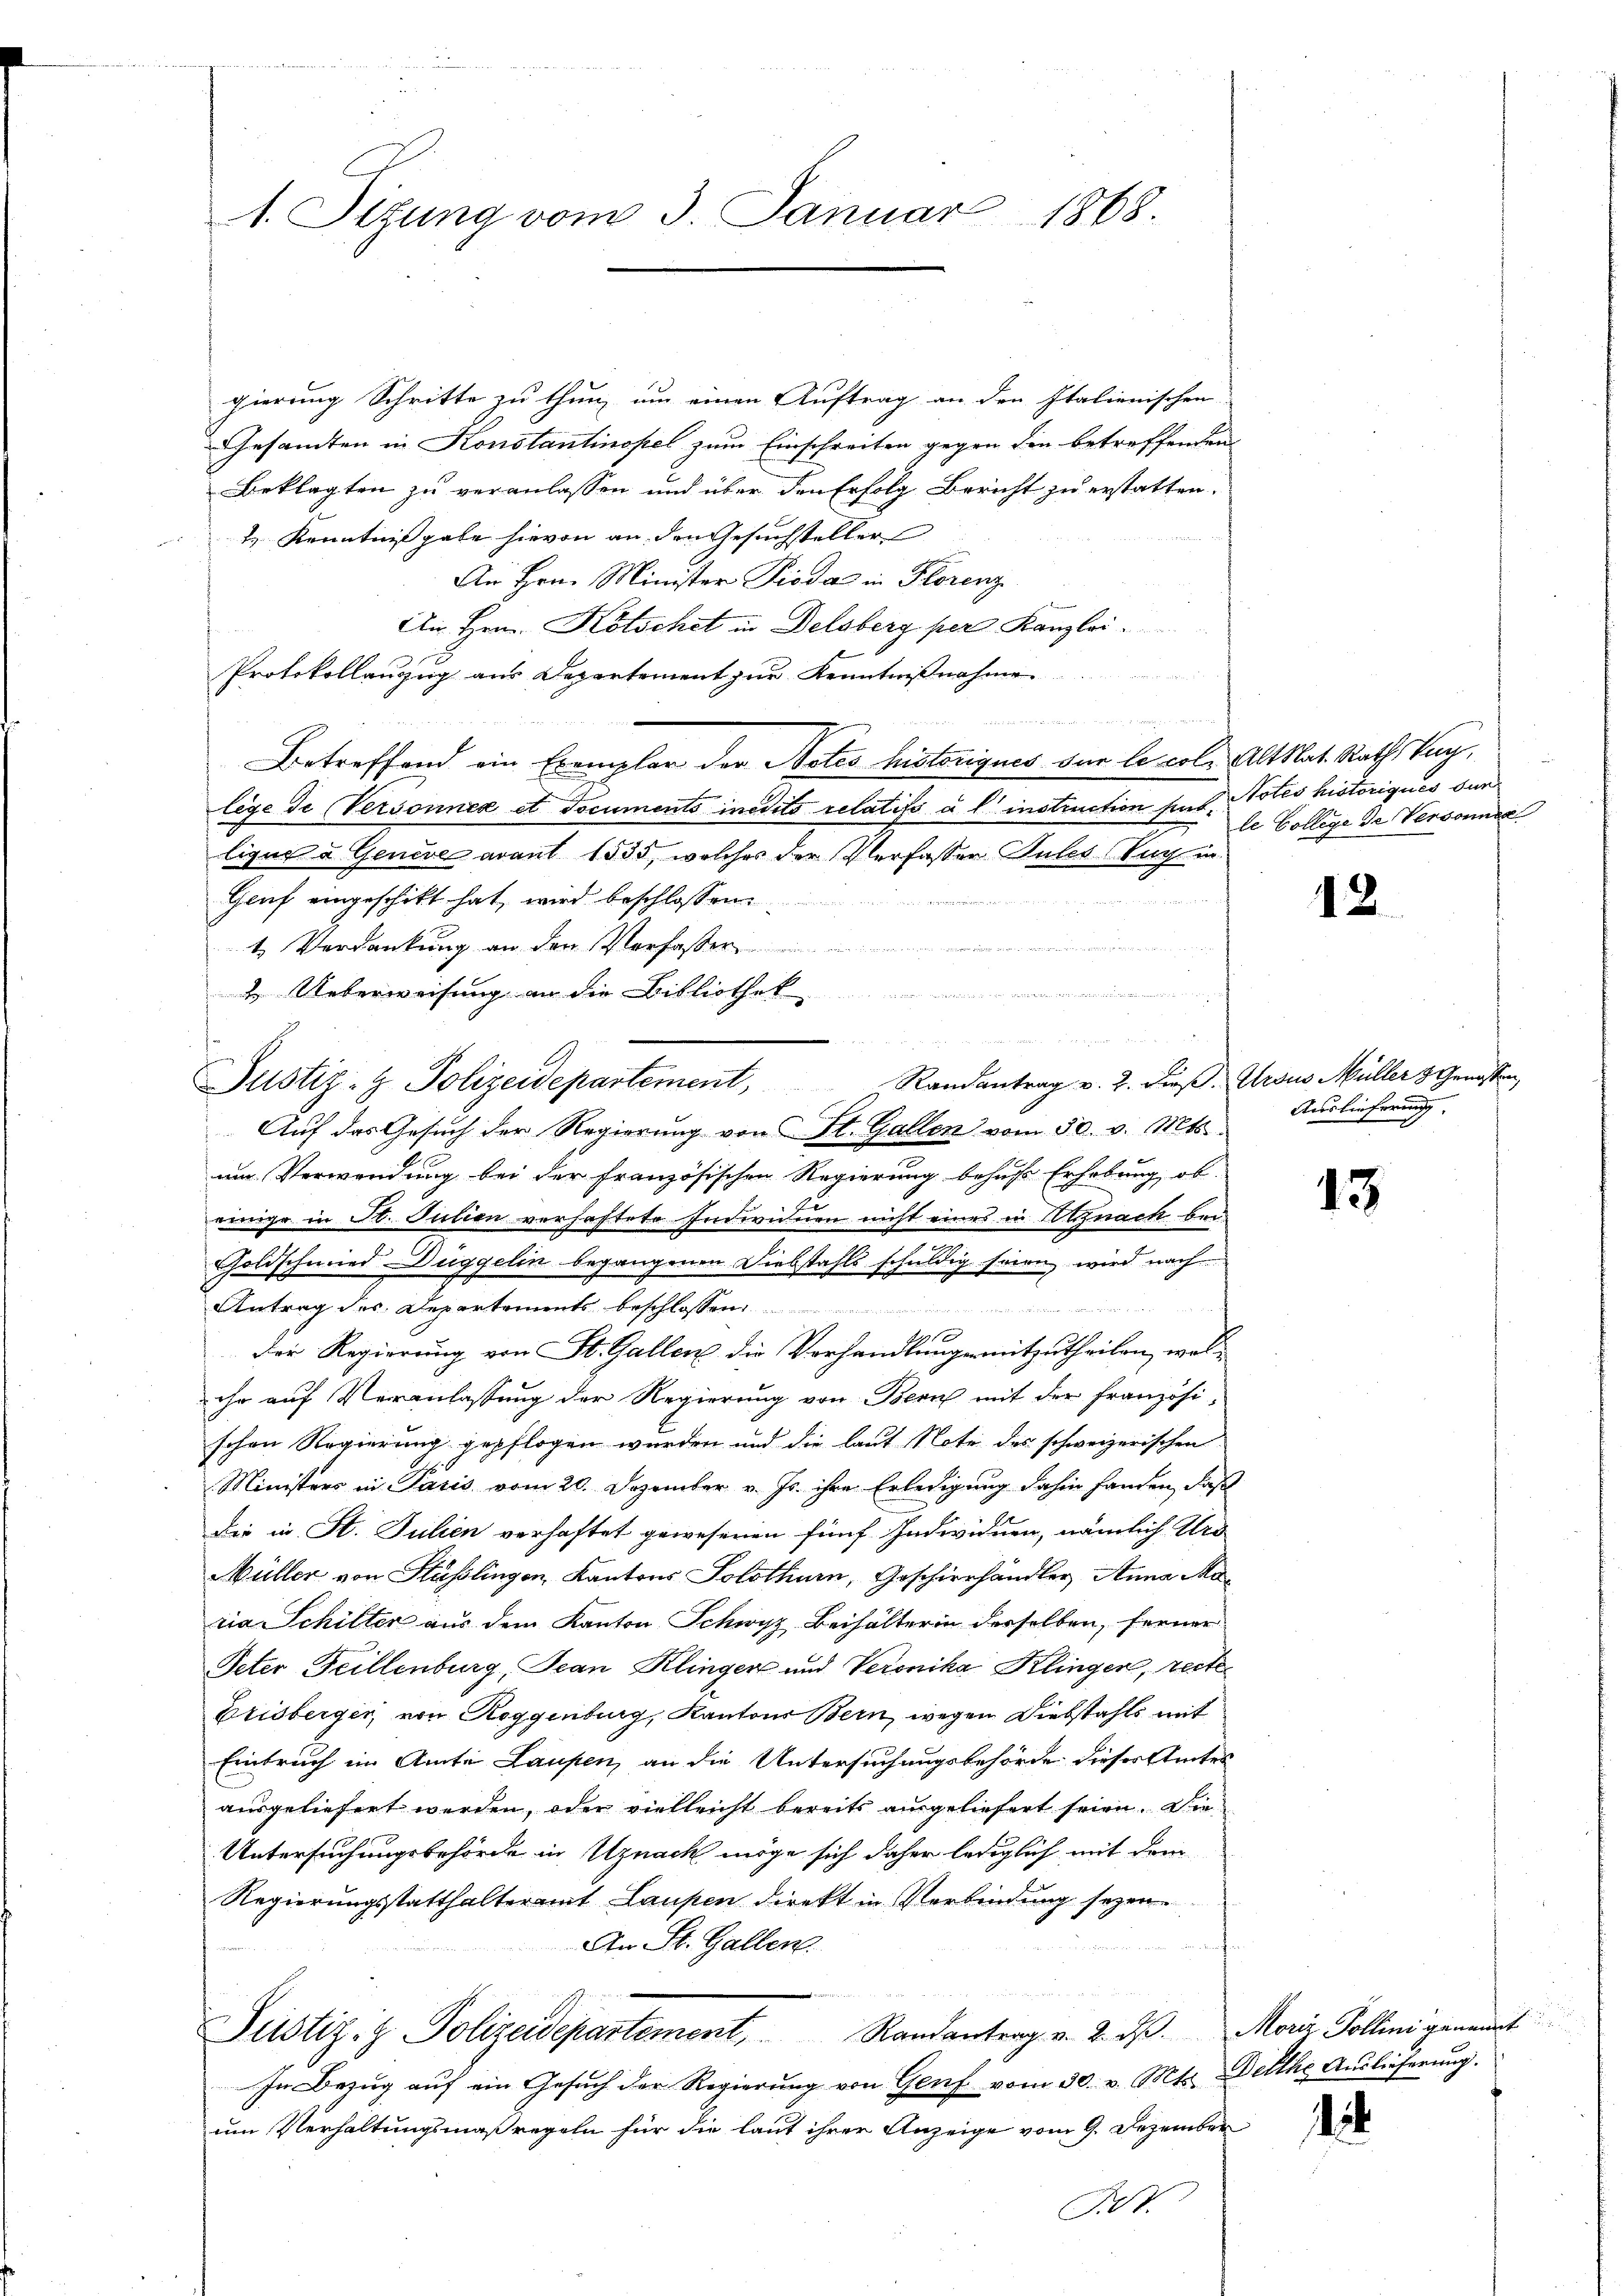
gierung Schritte zu thun, um einen Auftrag an den Italienischen
Gesandten in Konstantinopel zum Einschreiten gegen die betreffenden
Beklagten zu veranlassen und über den Erfolg Bericht zu erstatten.
& Kenntnißgabe hievon an den Gesuchsteller
An Hrn. Minister Pioda in Florenz
An Hrn. Kotschet in Delsberg per Kanzlei.
Protokollanzug aus Departement zur Kennt

Betreffend ein Exemplar der Notes historiques der le cole Altkat. Raths Tag,
lege de Versonnex et documents inedits relatifs à l. instruction sind.
lique a Geneve avant 1835, welches der Verfasser Gutes Tuch in
Gruf eingeschickt hat, wird beschlossen:
t Verdankung an den Verfasser
2 Ueberweisung an die Bibliothek
Randantrag v. 2. dieß. Ursus Müller 3 Genossen,
Auf das Gesuch der Regierung von St. Gallen vom 30. v. Mts.
um Verwendung bei der französischen Regierung behufs Erhebung ob
einige in St. Julien verhaftete Endwinen nicht eines in Utznach bei
Goldschmied Duggelin begangenen Diebstahls schuldig seien wird nach
Antrag des Departements beschlossen:
1
Der Regierung von St. Gallen die Verhandlungen mitzutheilen, welihr auf Veranlassung der Regierung von Bern mit der französischen Regierung gepflogen wurden und die laut Note des schweizerischen
.
Ministers in Paris vom 20. Dezember v. Js. ihre Erledigung dahin fanden, daß
Die in St. Julien verhaftet gewesenen fünf Individuen, nämlich Urd
Müller von Hüsslingen, Kantons Solothurn, Geschierhändler Anna Moria Schilter aus dem Kanton Schwyz Beihälterin derselben, ferner
Peter Feillenburg, Jean Klinger und Veronika Klinger, recte
Elisberger, von Roggenburg, Kantons Bern, wegen Diebstahls mit
Einbruch im Amte Laufen, an die Untersuchungsbehörde dieses Amtes
ausgeliefert werden, oder vielleicht bereits ausgeliefert seien. Die
Untersuchungsbehörde in Uznach möge sich daher lediglich mit dem
Regierungsstatthalteramt Laupen direkt in Verbindung seyen.
An St. Gallen.
Justiz- & Polizeidepartement, Randantrag v. 2. ds. Marie Pollini genannt
In Bezŭg aŭf ein Gesŭch der Regierŭng von Genf vom 30. v. Mts. Delthe Auslieferung.
um Verhaltungsmaßregeln für die laut ihrer Anzeige vom 9. Dezember

1. Sitzung vom 3. Januar 1868.

Justiz- & Polizeidepartement,

Notes historiques dur
le College de Versonnen

12

Auslieferung

13

1